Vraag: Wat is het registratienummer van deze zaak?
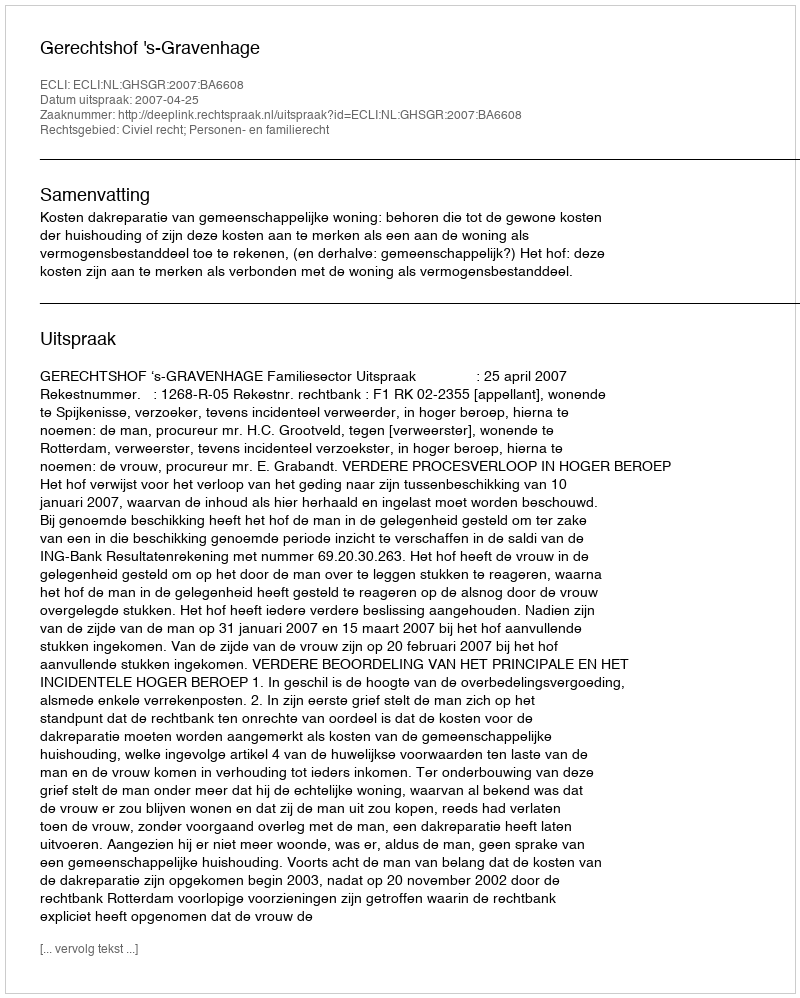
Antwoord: http://deeplink.rechtspraak.nl/uitspraak?id=ECLI:NL:GHSGR:2007:BA6608